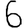
Digit: 6